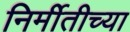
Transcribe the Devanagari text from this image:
निर्मीतीच्या